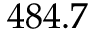
4 8 4 . 7